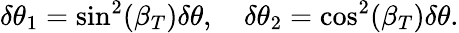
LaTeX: \delta\theta_{1}=\sin^{2}(\beta_{T})\delta\theta,\quad\delta\theta_{2}=\cos^{2}(\beta_{T})\delta\theta.